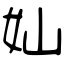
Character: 奾